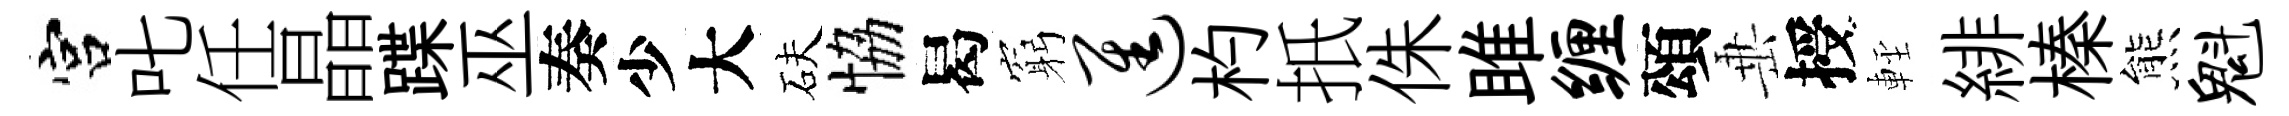
宫叱任晶蹀巫奏少大砆恊曷窮进杓扺侏雎缠頌𡸁授䡖緋榛熊魁